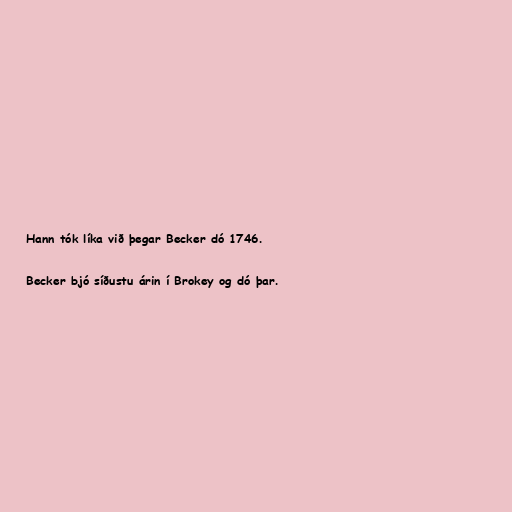
Hann tók líka við þegar Becker dó 1746.

Becker bjó síðustu árin í Brokey og dó þar.